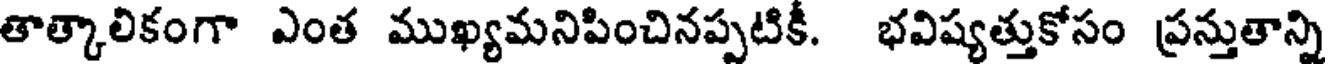
తాత్కాలికంగా ఎంత ముఖ్యమనిపించినప్పటికీ. భవిష్యత్తుకోసం ప్రన్తుతాన్ని